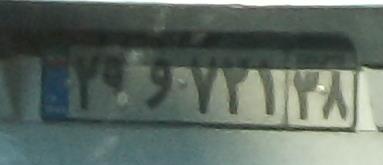
۲۹و۷۲۱۳۸